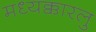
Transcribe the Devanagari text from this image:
मध्यक्कारलु